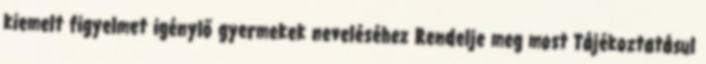
kiemelt figyelmet igénylő gyermekek neveléséhez Rendelje meg most Tájékoztatásul